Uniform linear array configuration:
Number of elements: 64
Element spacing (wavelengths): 1
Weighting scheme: kaiser
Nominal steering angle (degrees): -15
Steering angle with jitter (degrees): -15.1
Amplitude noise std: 0.05
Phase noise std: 0.05

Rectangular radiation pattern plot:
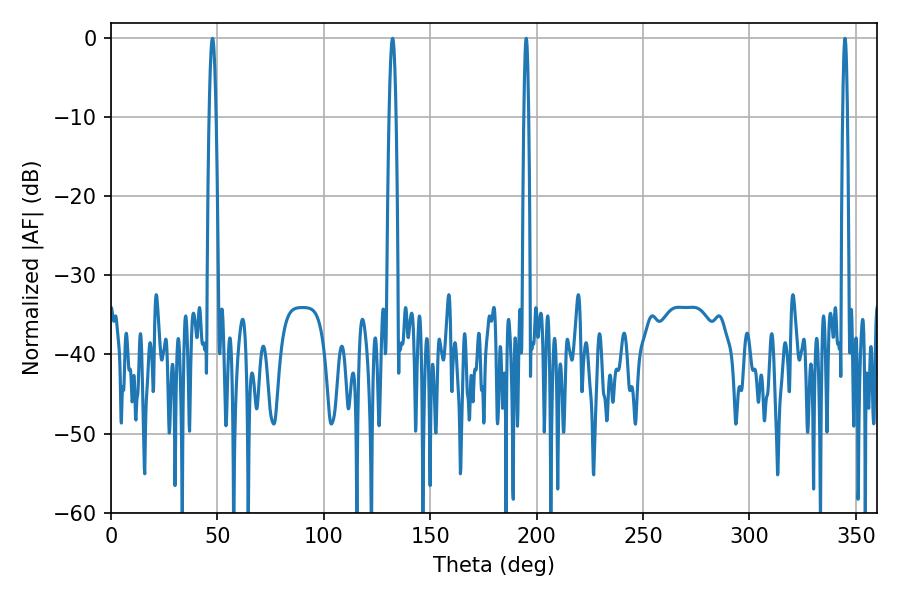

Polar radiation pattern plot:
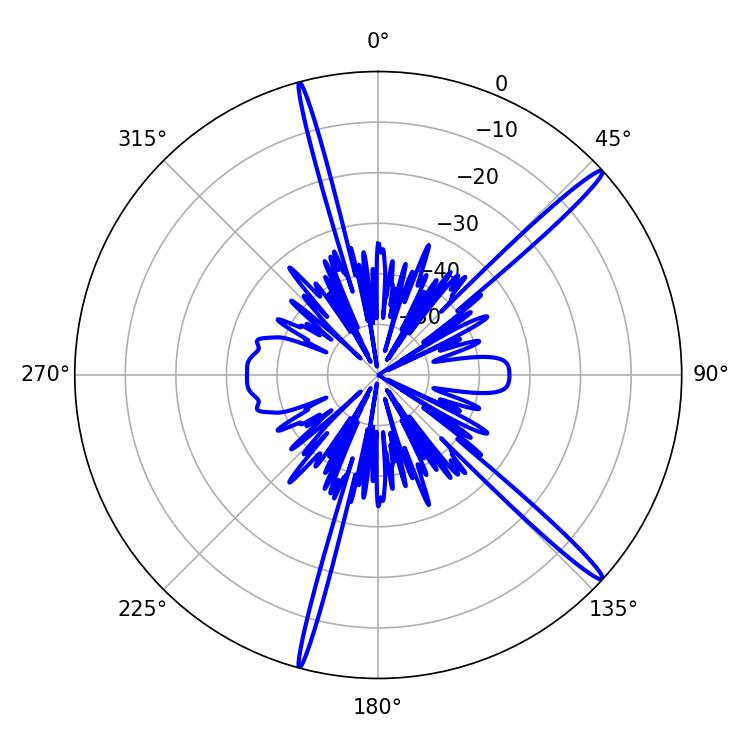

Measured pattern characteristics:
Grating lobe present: TRUE
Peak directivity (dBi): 17.145
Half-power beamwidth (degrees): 1.8
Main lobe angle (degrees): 132.3